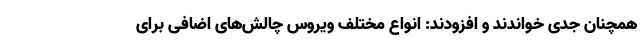
همچنان جدی خواندند و افزودند: انواع مختلف ویروس چالش‌های اضافی برای